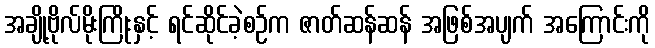
အချို့ဗိုလ်မိုးကြိုးနှင့် ရင်ဆိုင်ခဲ့စဉ်က ဇာတ်ဆန်ဆန် အဖြစ်အပျက် အကြောင်းကို